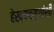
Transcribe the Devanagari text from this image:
हेरव्यवस्थांशी